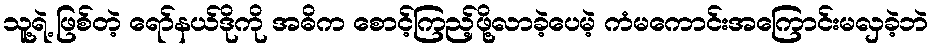
သူ့ရဲ့ ဖြစ်တဲ့ ရော်နယ်ဒိုကို အဓိက စောင့်ကြည့်ဖို့လာခဲ့ပေမဲ့ ကံမကောင်းအကြောင်းမလှခဲ့ဘဲ